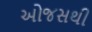
ઓજસથી